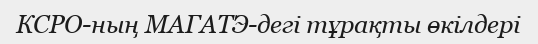
КСРО-ның МАГАТЭ-дегі тұрақты өкілдері